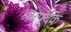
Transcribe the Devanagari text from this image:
श्रमपूर्वक